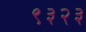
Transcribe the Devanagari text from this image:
९३२३